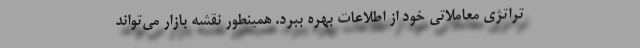
تراتژی معاملاتی خود از اطلاعات بهره ببرد. همینطور نقشه بازار می‌تواند